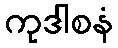
ကုဒါစနံ